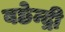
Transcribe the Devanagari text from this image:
बछेन्द्री